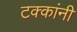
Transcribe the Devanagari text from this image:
टक्कांनी